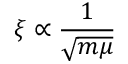
\xi \propto { \frac { 1 } { \sqrt { m \mu } } }